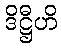
ဒိဋ္ဌီဟိ